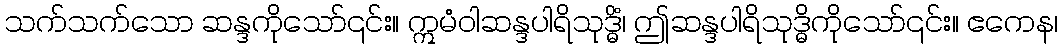
သက်သက်သော ဆန္ဒကိုသော်၎င်း။ ဣမံဝါဆန္ဒပါရိသုဒ္ဓိံ၊ ဤဆန္ဒပါရိသုဒ္ဓိကိုသော်၎င်း။ ဧကေန၊